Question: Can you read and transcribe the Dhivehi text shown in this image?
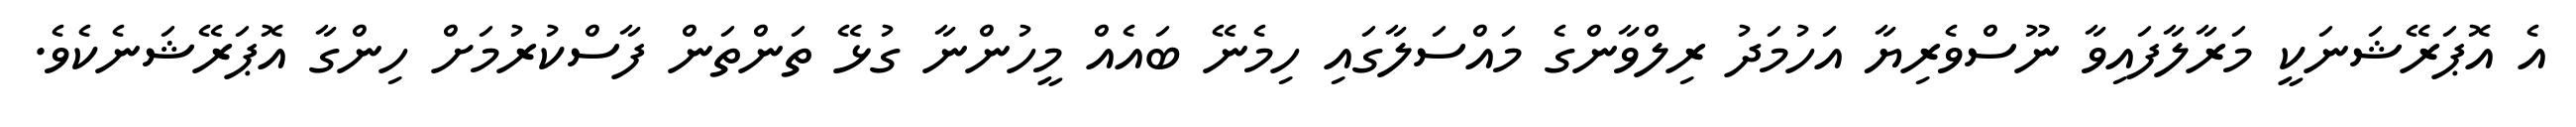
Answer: އެ އޮޕަރޭޝަނަކީ މަރާލާފައިވާ ނޫސްވެރިޔާ އަހުމަދު ރިލްވާންގެ މައްސަލާގައި ހިމެނޭ ބައެއް މީހުންނާ ގުޅޭ ތަންތަން ފާސްކުރުމަށް ހިންގާ އޮޕަރޭޝަނެކެވެ.